Vaccine operations Central Provinces 1900-1911 - 1900-1911
Year: 1900
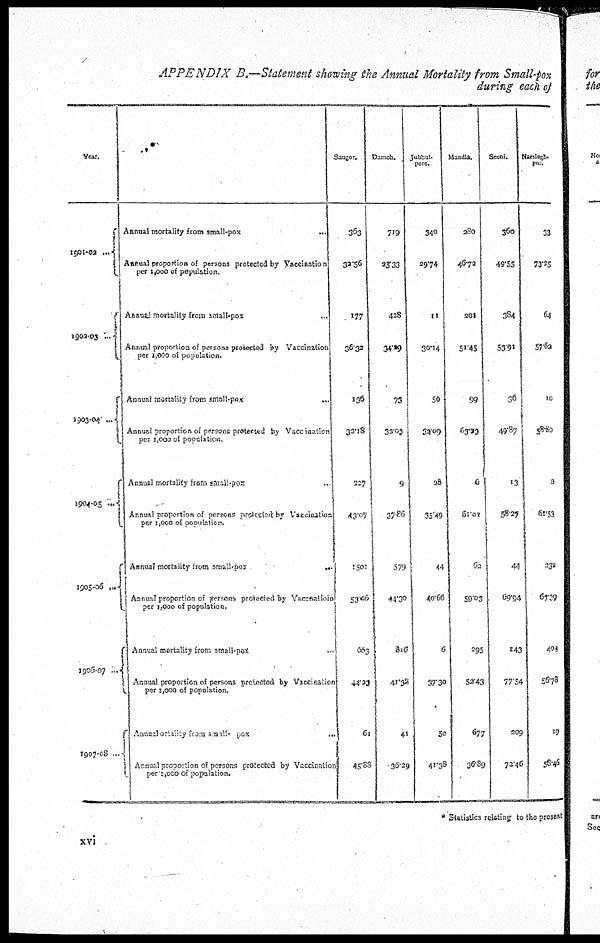
APPENDIX B.—Statement showing the Annual Mortality from Small-pox
during each of
Year.
1901-02 ...
1902-03
...
1903-04 ...
1904-05
...
1905-06 ...
1906-07 ...
1907-08 ...
Annual mortality from small-pox
...
Annual proportion of persons protected by Vaccination
per 1,000 of population.
Annual mortality from small-pox ...
Annual proportion of persons protected by Vaccination
per 1,000 of population.
Annual mortality from small-pox ...
Annual proportion of persons protected by Vaccination
per 1,000 of population.
Annual mortality from small-pox ...
Annual proportion of persons protected by Vaccination
per 1,000 of population.
Annual mortality from small-pox
...
Annual proportion of persons protected by Vaccnatioin
per 1,000 of population.
Annual mortality from small-pox ...
Annual proportion of persons protected by Vaccination
per 1,000 of population.
Annual ortality from small-pox
...
Annual proportion of persons protected by Vaccination
per 1,000 of population.
Saugor.
363
32.56
177
36.32
136
32.18
227
43.07
15.01
53.56
663
44.22
61
45.88
Damoh.
719
26.33
428
34.29
73
32.02
9
37.86
579
44.30
816
41.33
41
36.29
Jubbul¬
pore.
340
29.74
11
30.14
50
32.09
28
35.49
44
40.66
6
37.30
50
41.38
Mandla.
280
46.79
202
51.45
99
63.20
0
61.01
62
59.03
295
52.43
677
36.89
Seoni.
360
49.55
384
53.91
36
49.87
13
58.27
44
69.94
143
77.54
209
72.46
Narsingh¬
pur.
33
73.25
64
57.62
10
58.80
2
61.53
232
67.39
404
56.78
19
58.46
* Statistics relating to the present
xvi